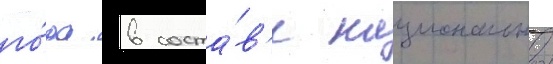
го́да в соста́в'е национальнои